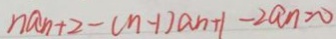
n a _ { n + 2 } - ( n - 1 ) a _ { n + 1 } - 2 a _ { n } = 0